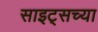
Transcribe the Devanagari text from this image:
साइट्‌सच्या